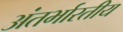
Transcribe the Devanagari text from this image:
अंतर्भारतीय